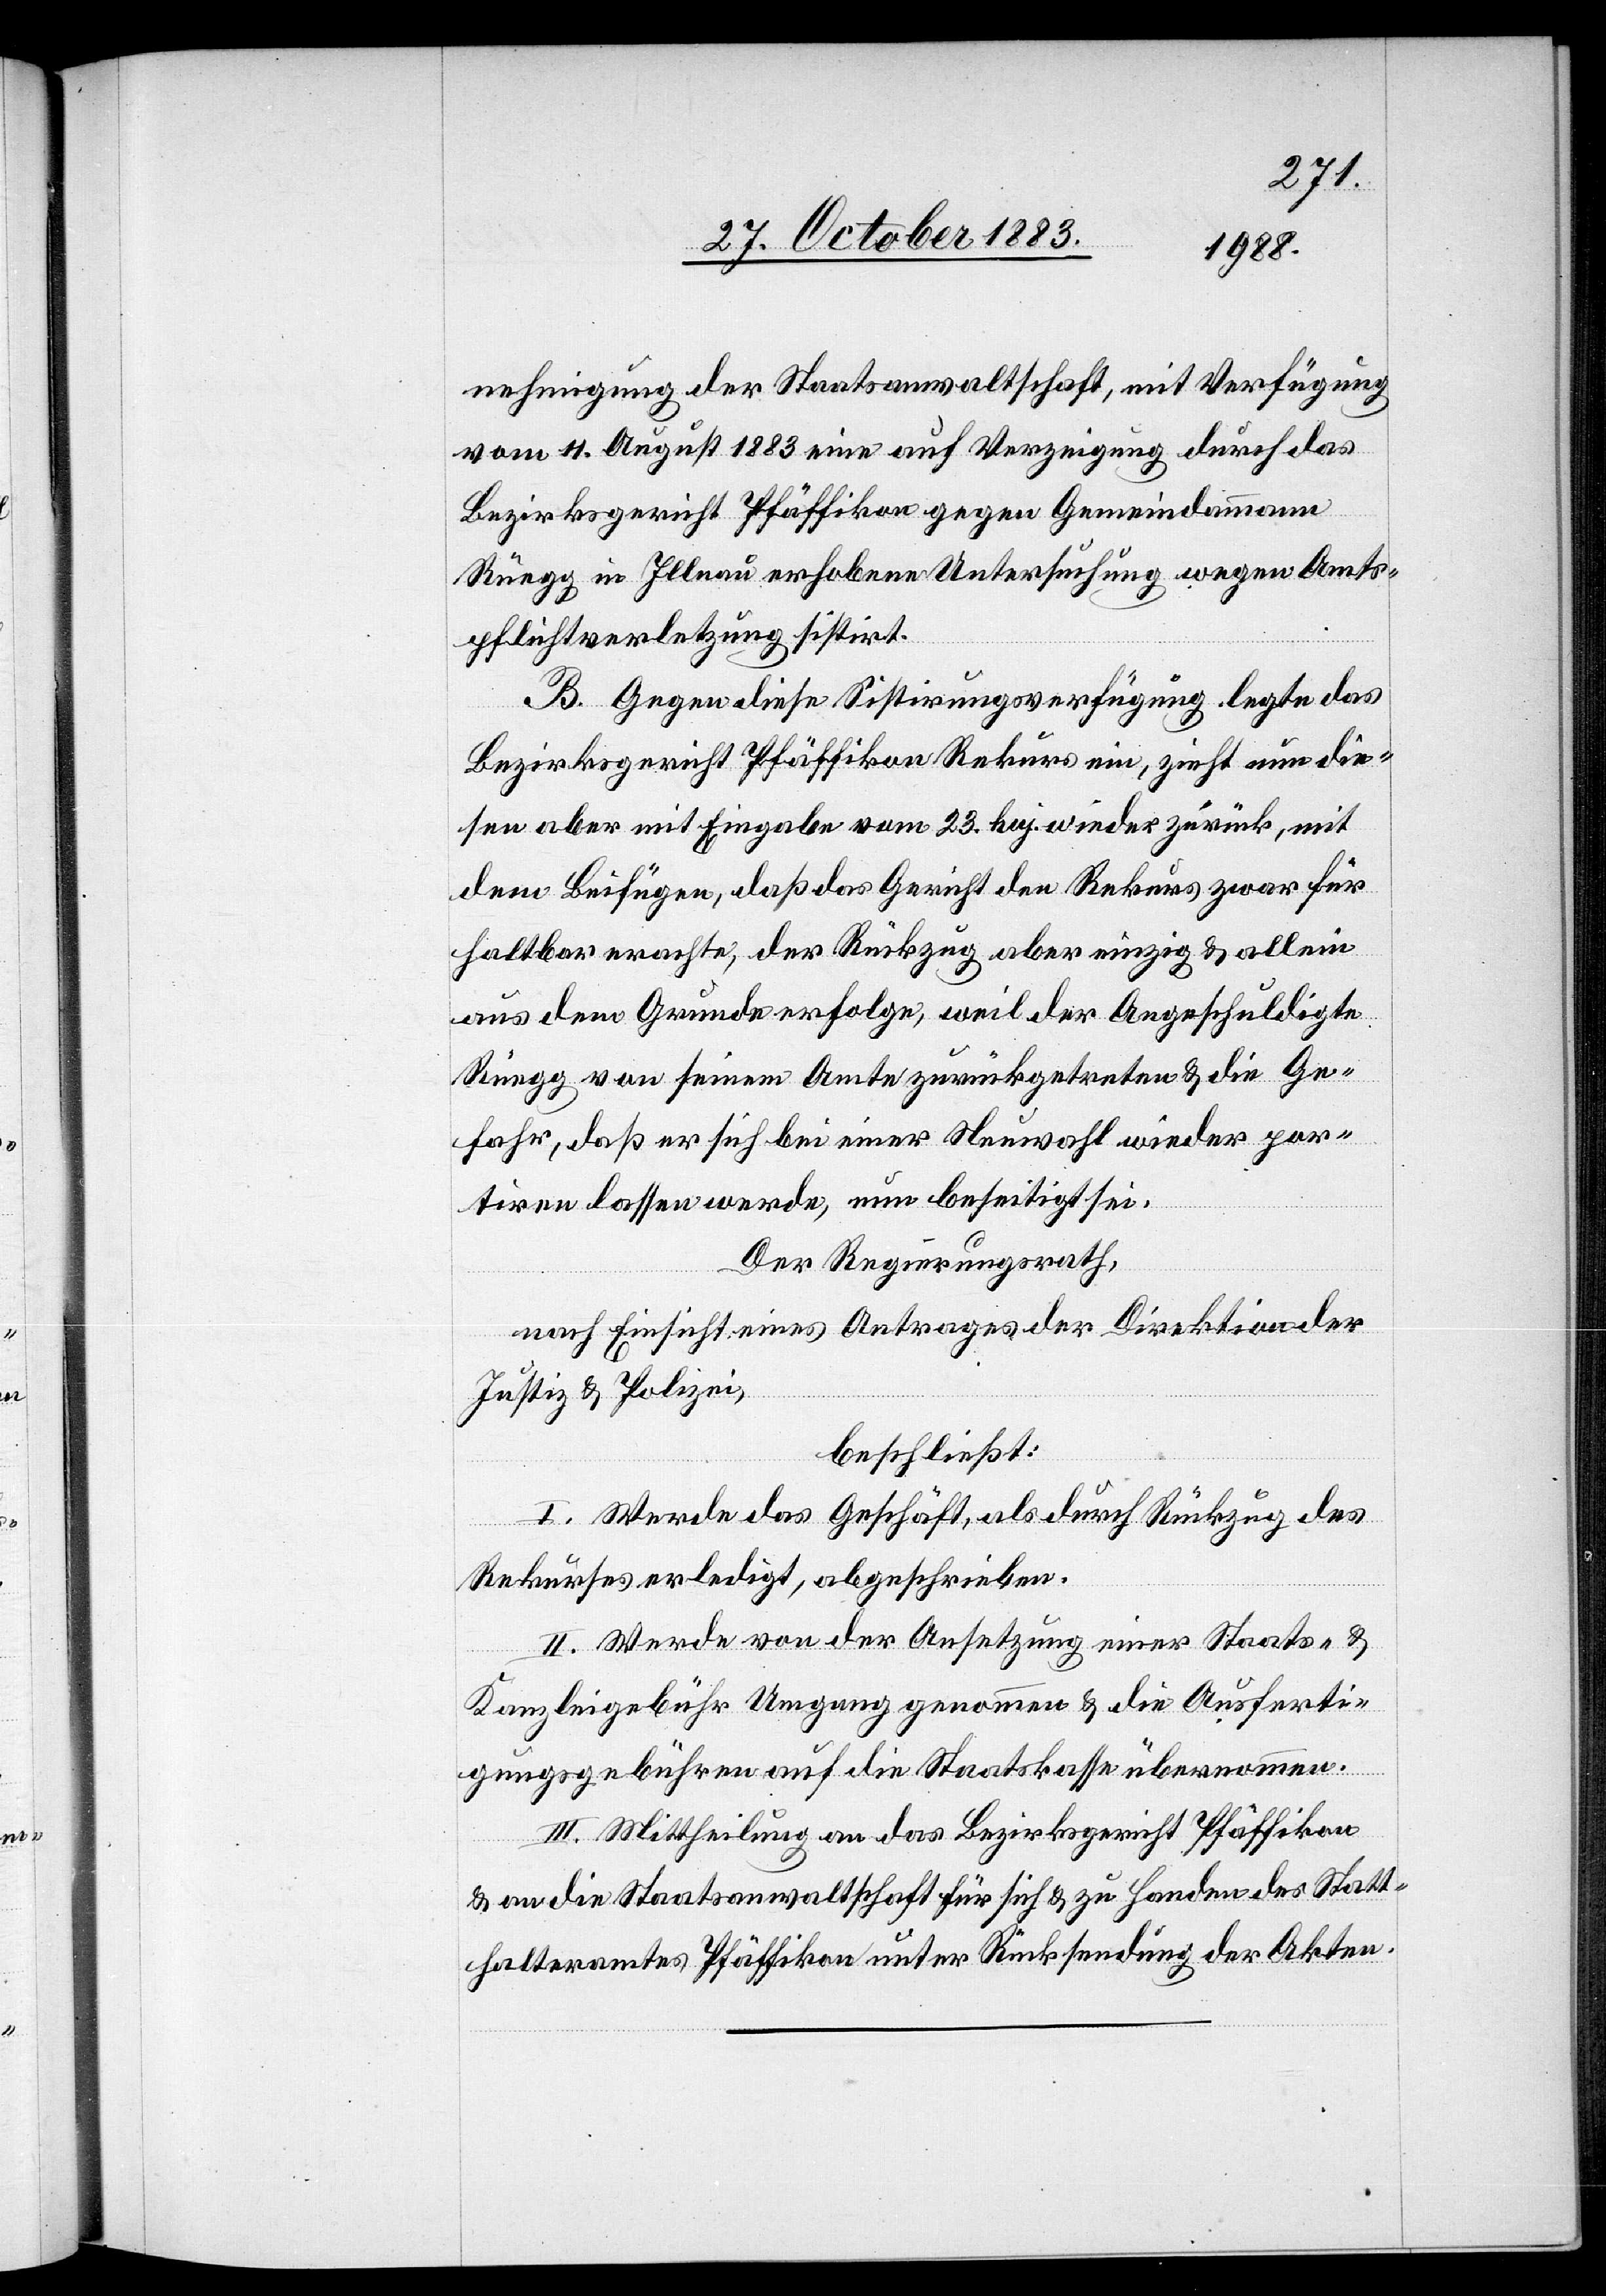
nehmigung der Staatsanwaltschaft, mit Verfügung
vom 11. August 1883 eine auf Verzeigung durch das
Bezirksgericht Pfäffikon gegen Gemeindammann
Rüegg in Illnau erhobene Untersuchung wegen Amts¬
pflichtverletzung sistirt.
B. Gegen diese Sistirungsverfügung legte das
Bezirksgericht Pfäffikon Rekurs ein, zieht nun die¬
sen aber mit Eingabe vom 23. huj. wieder zurück, mit
dem Beifügen, daß das Gericht den Rekurs zwar für
haltbar erachte, der Rückzug aber einzig & allein
aus dem Grunde erfolge, weil der Angeschuldigte
Rüegg von seinem Amte zurückgetreten & die Ge¬
fahr, daß er sich bei einer Neuwahl wieder por¬
tiren lassen werde, nun beseitigt sei.
Der Regierungsrath,
nach Einsicht eines Antrages der Direktion der
Justiz & Polizei,
beschließt:
I. Werde das Geschäft, als durch Rückzug des
Rekurses erledigt, abgeschrieben.
II. Werde von der Ansetzung einer Staats- &
Kanzleigebühr Umgang genommen & die Ausferti¬
gungsgebühren auf die Staatskasse übernommen.
III. Mittheilung an das Bezirksgericht Pfäffikon
& an die Staatsanwaltschaft für sich & zu Handen des Statt¬
halteramtes Pfäffikon unter Rücksendung der Akten.